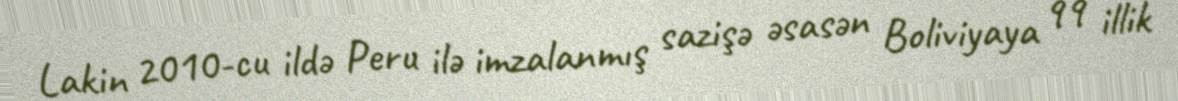
Lakin 2010-cu ildə Peru ilə imzalanmış sazişə əsasən Boliviyaya 99 illik